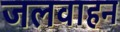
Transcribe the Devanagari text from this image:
जलवाहन